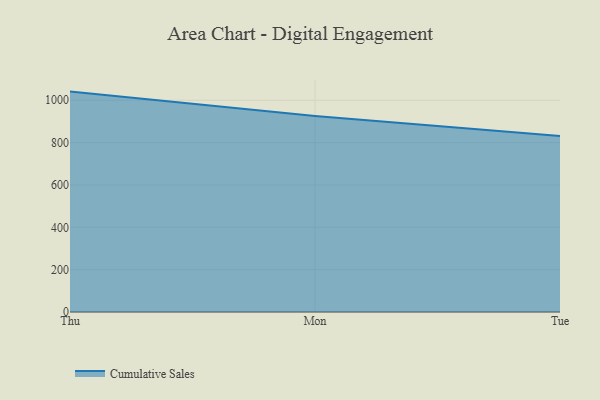
{"axis": {"x": "Day", "y": "Gross Profit (USD K)"}, "legend": ["Cumulative Sales"], "data": [{"x": "Thu", "y": 1041.0, "type": "Cumulative Sales"}, {"x": "Mon", "y": 926.1, "type": "Cumulative Sales"}, {"x": "Tue", "y": 831.5, "type": "Cumulative Sales"}]}